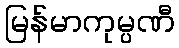
မြန်မာကုမ္ပဏီ